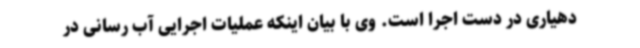
دهیاری در دست اجرا است. وی با بیان اینکه عملیات اجرایی آب رسانی در